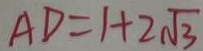
A D = 1 + 2 \sqrt { 3 }